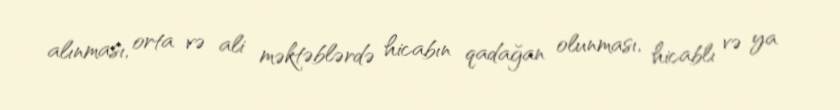
alınması, orta və ali məktəblərdə hicabın qadağan olunması, hicablı və ya